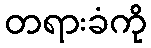
တရားခံကို